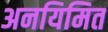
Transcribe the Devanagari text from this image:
अनयिमित